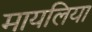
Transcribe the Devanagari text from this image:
मायलिया